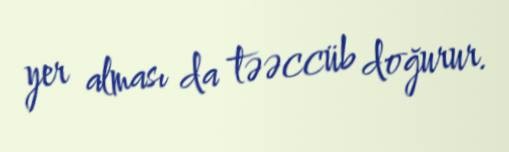
yer alması da təəccüb doğurur.